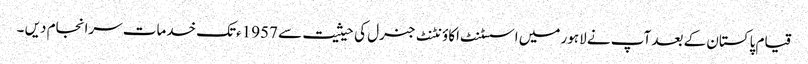
قیام پاکستان کے بعد آپ نے لاہور میں اسسٹنٹ اکاؤنٹنٹ جنرل کی حیثیت سے 1957ءتک خدمات سرانجام دیں ۔